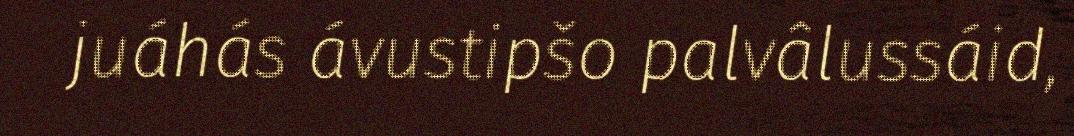
juáhás ávustipšo palvâlussáid,